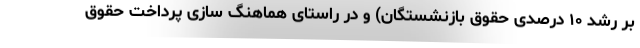
بر رشد ۱۰ درصدی حقوق بازنشستگان) و در راستای هماهنگ سازی پرداخت حقوق